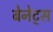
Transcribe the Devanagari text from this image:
बेनेट्स